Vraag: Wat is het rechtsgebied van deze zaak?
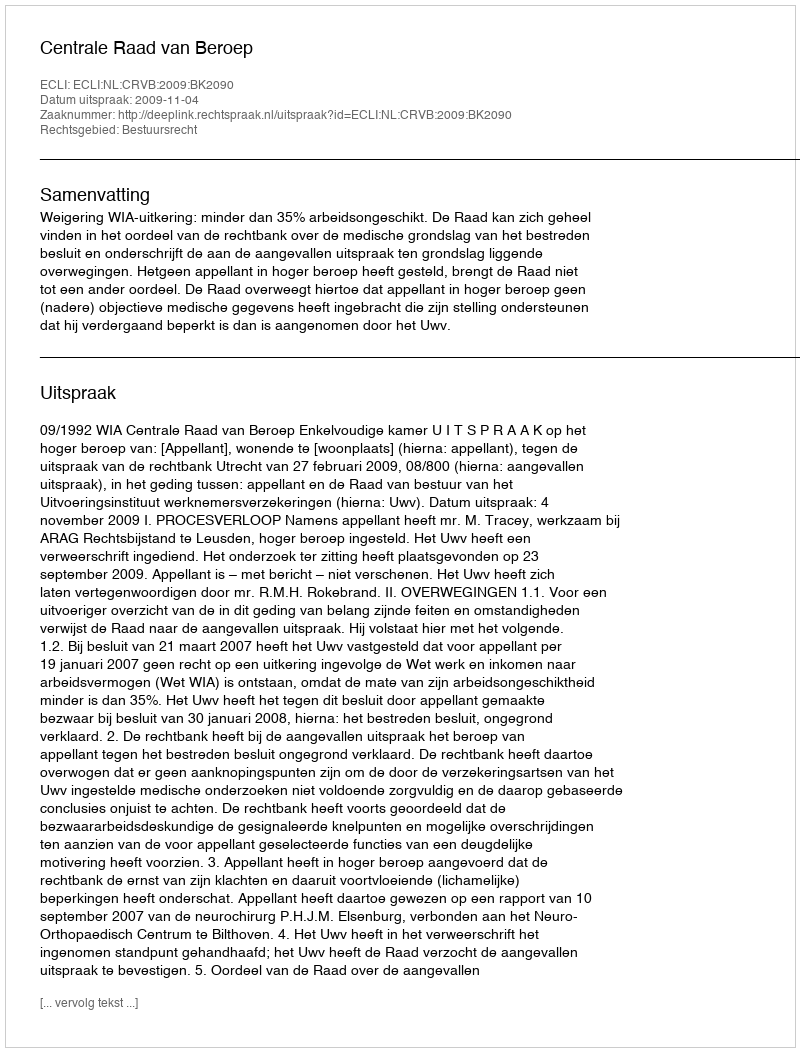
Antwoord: Bestuursrecht